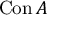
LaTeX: \operatorname { C o n } A